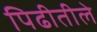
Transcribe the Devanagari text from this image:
पिढीतीले